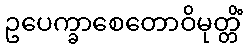
ဥပေက္ခာစေတောဝိမုတ္တိံ